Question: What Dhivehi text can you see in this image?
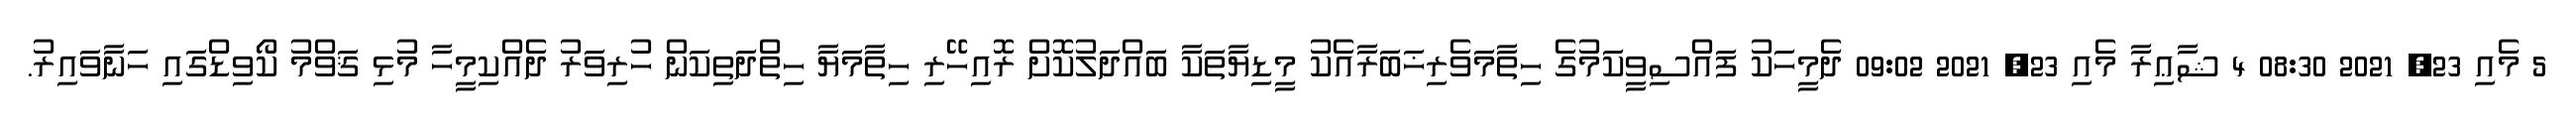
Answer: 5 މެއި 23, 2021 08:30 4 ޝާޢިރާ މެއި 23, 2021 09:02 ދެމީހަކު ފައްސިވީކަމުގެ ހިތާމަވެރިޚަބަރާއެކު މީޑިޔާތަކާ ބައްދަލުކޮށް ރޮއިހޭރި ހިތާމަޔާ ހިތްދަތިކަން ހުރިވަރު ދެއްކިމީހާ މުޅި ޤަވްމު ކޯވިޑްގައި ހަނާވައިރު.